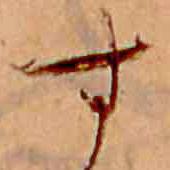
す